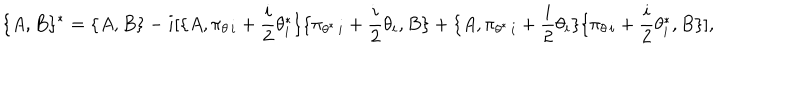
LaTeX: \lbrace A , B \rbrace { } ^ { * } = \lbrace A , B \rbrace - i [ \lbrace A , \pi _ { \theta \, i } + { \frac { i } { 2 } } \theta _ { i } ^ { * } \rbrace \lbrace \pi _ { \theta ^ { * } \, i } + { \frac { i } { 2 } } \theta _ { i } , B \rbrace + \lbrace A , \pi _ { \theta ^ { * } \, i } + { \frac { i } { 2 } } \theta _ { i } \rbrace \lbrace \pi _ { \theta \, i } + { \frac { i } { 2 } } \theta _ { i } ^ { * } , B \rbrace ] ,